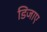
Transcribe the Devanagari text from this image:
डिजाए